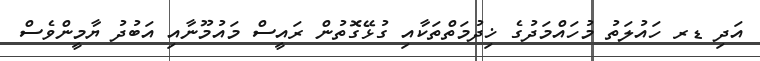
އަދި ޑރ ހައުލަތު މުހައްމަދުގެ ޚިދުމަތްތަކާއި ގުޅޭގޮތުން ރައީސް މައުމޫނާއި އަބުދު ޔާމީންވެސް